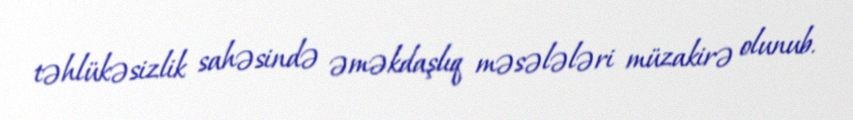
təhlükəsizlik sahəsində əməkdaşlıq məsələləri müzakirə olunub.